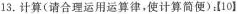
13.计算(请合理运用运算律，使计算简便)：【10】